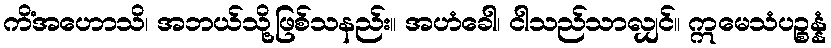
ကိံအဟောသိ၊ အဘယ်သို့ဖြစ်သနည်း။ အဟံခေါ၊ ငါသည်သာလျှင်။ ဣမေသံပဉ္စန္နံ